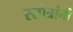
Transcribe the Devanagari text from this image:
स्तोत्रांनी